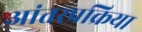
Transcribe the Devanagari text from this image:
आंतरप्रक्रिया